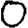
Digit: 0